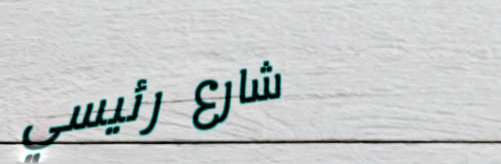
شارع رئيسي